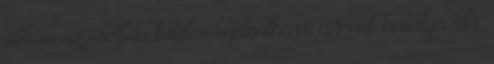
abban az esetben köteles bejelentkezni a Pmt. hatálya alá,